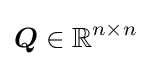
{\boldsymbol {Q}}\in \mathbb {R} ^{n\times n}